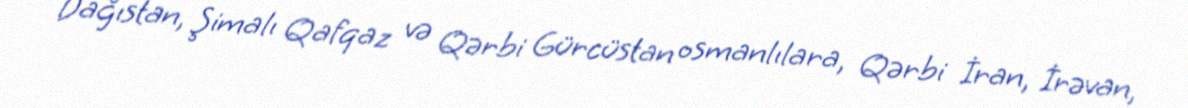
Dağıstan, Şimalı Qafqaz və Qərbi Gürcüstan osmanlılara, Qərbi İran, İrəvan,